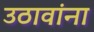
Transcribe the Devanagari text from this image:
उठावांना